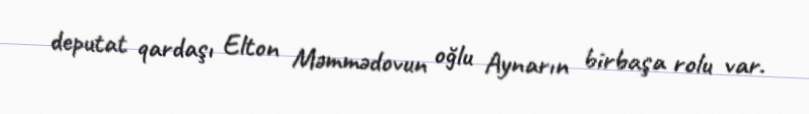
deputat qardaşı Elton Məmmədovun oğlu Aynarın birbaşa rolu var.